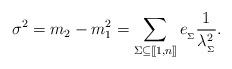
LaTeX: \begin{align*}\sigma^2 = m_2 - m_1^2 = \sum_{\Sigma\subseteq [\![1,n]\!]}e_{_\Sigma} \frac{1}{\lambda^2_{_\Sigma}}.\end{align*}